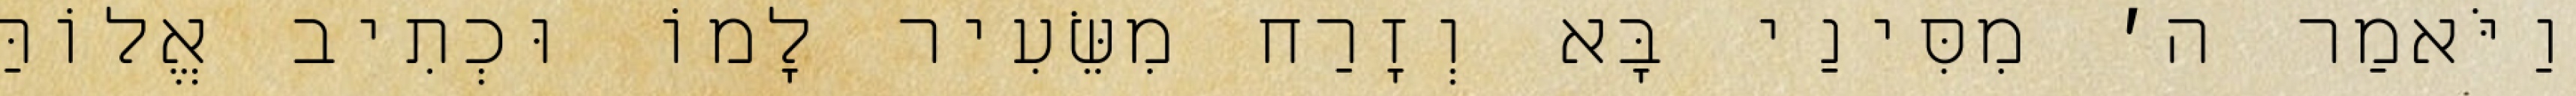
וַיֹּאמַר ה׳ מִסִּינַי בָּא וְזָרַח מִשֵּׂעִיר לָמוֹ וּכְתִיב אֱלוֹהַּ